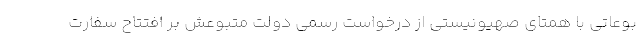
بوعاتی با همتای صهیونیستی از درخواست رسمی دولت متبوعش بر افتتاح سفارت